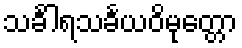
သင်္ခါရသင်္ခယဝိမုတ္တော